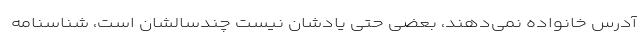
آدرس خانواده نمی‌دهند، بعضی حتی یادشان نیست چندسالشان است، شناسنامه